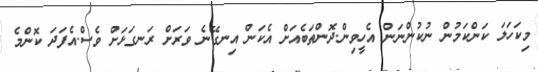
މިކަހަލަ ކަންކަމުން ނުކުންނަން އެހީވިން.ދޮންތަބެއަށް އެކަން އިނގޭނެ ވަރަށް ރަނގަޅަށް ވެސް.އެފަދަ ކޮންމެ